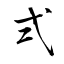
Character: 弍